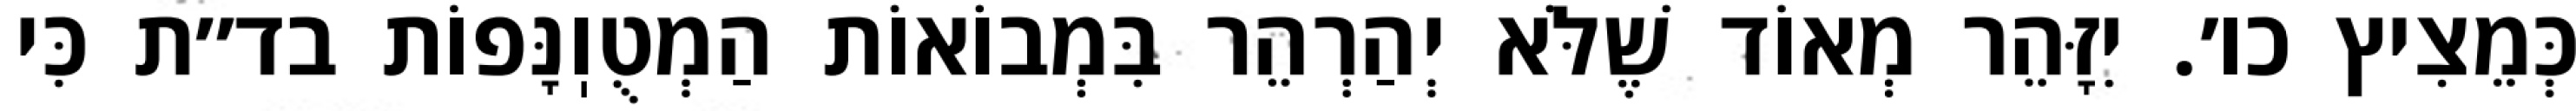
כְּמֵצִיץ כו׳. יִזָּהֵר מְאוֹד שֶׁלֹּא יְהַרְהֵר בִּמְבוֹאוֹת הַמְטֻוֽנָּפוֹת בד״ת כִּי